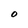
Character: 0